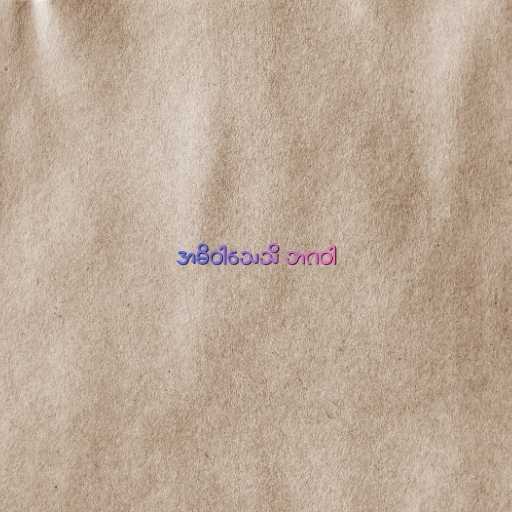
အဓိဝါသေသိ ဘဂဝါ